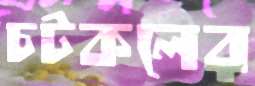
চটকলের